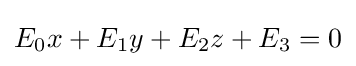
E_{0}x+E_{1}y+E_{2}z+E_{3}=0